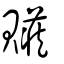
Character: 贜